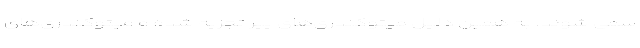
سمی شوند. به همین دلیل میتوکندری‌های پیر تجزیه شده و میتوکندری‌های